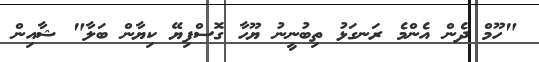
"ހޫމް ދެން އެންމެ ރަނގަޅު ތިބުނީނު ޔޫހާ ގޮސްފިޔޭ ކިޔާން ބަލާ" ޝާއިން